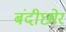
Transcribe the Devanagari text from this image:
बंदीछोर